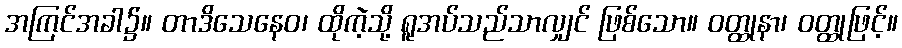
အကြင်အခါ၌။ တာဒိသေနေဝ၊ ထိုကဲ့သို့ ရူအပ်သည်သာလျှင် ဖြစ်သော။ ဝတ္ထုနာ၊ ဝတ္ထုဖြင့်။